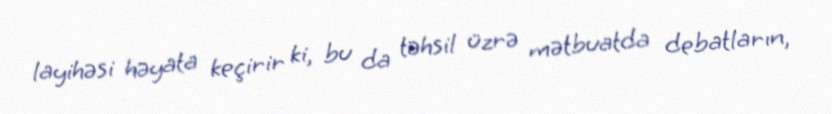
layihəsi həyata keçirir ki, bu da təhsil üzrə mətbuatda debatların,